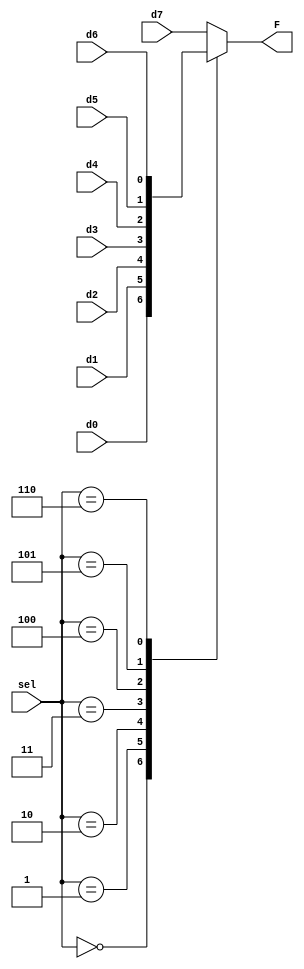
module mux8x1 (
    input wire [w-1:0] d0,
    input wire [w-1:0] d1,
    input wire [w-1:0] d2,
    input wire [w-1:0] d3,
    input wire [w-1:0] d4,
    input wire [w-1:0] d5,
    input wire [w-1:0] d6,
    input wire [w-1:0] d7,
    input wire [2:0] sel,
    output reg [w-1:0] F 
);
    
    parameter w = 1; //width

    always @(*) begin
        case (sel)
            0: F = d0;
            1: F = d1;
            2: F = d2;
            3: F = d3;
            4: F = d4;
            5: F = d5;
            6: F = d6;
            default: F = d7;
        endcase
    end

endmodule